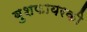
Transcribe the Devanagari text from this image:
बुशफायरकी